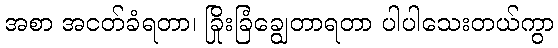
အစာ အငတ်ခံရတာ၊ ခြိုးခြံချွေတာရတာ ပါပါသေးတယ်ကွာ